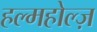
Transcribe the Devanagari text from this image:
हल्महोल्ज़